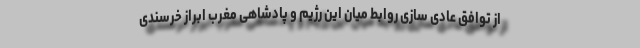
از توافق عادی سازی روابط میان این رژیم و پادشاهی مغرب ابراز خرسندی